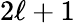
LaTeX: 2\ell+1